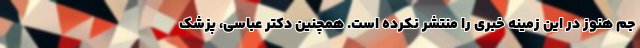
جم هنوز در این زمینه خبری را منتشر نکرده است. همچنین دکتر عباسی، پزشک